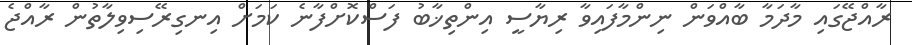
ރާއްޖޭގައި މާދަމާ ބާއްވަން ނިންމާފައިވާ ރިޔާސީ އިންތިޚާބު ފަސްކޮށްފާނެ ކަމަށް އިނގިރޭސިވިލާތުން ރާއްޖެ